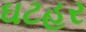
ઘટહર